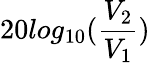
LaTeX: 20log_{10}(\frac{V_{2}}{V_{1}})